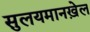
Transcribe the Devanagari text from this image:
सुलयमानख़ेल